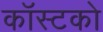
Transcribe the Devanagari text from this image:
कॉस्टको